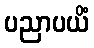
ပညာပယိံ